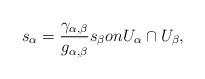
LaTeX: \begin{align*}s_{\alpha}= \frac{\gamma_{\alpha, \beta}}{g_{\alpha, \beta}}s_{\beta} on U_{\alpha}\cap U_{\beta}, \end{align*}